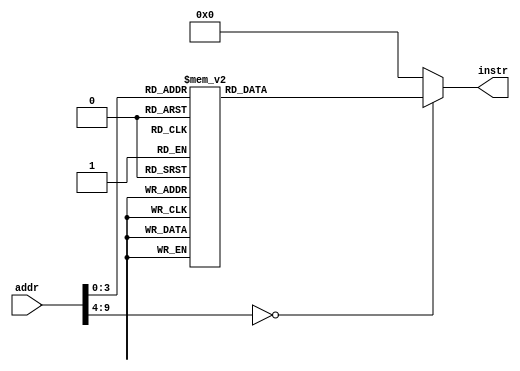
// this file is generated automatically
module Imem (
	input [9:0] addr,
	output reg[31:0] instr
);
	always @(addr) begin
		case (addr)
			10'b0000000000 : instr = 32'hfff00293;
			10'b0000000001 : instr = 32'h07700493;
			10'b0000000010 : instr = 32'h00849493;
			10'b0000000011 : instr = 32'h07748493;
			10'b0000000100 : instr = 32'h00900533;
			10'b0000000101 : instr = 32'h02200893;
			10'b0000000110 : instr = 32'h00000073;
			10'b0000000111 : instr = 32'h01000e13;
			10'b0000001000 : instr = 32'h0054c4b3;
			10'b0000001001 : instr = 32'h00900533;
			10'b0000001010 : instr = 32'h02200893;
			10'b0000001011 : instr = 32'h00000073;
			10'b0000001100 : instr = 32'hfffe0e13;
			10'b0000001101 : instr = 32'hfe0e16e3;
			10'b0000001110 : instr = 32'h00a00893;
			10'b0000001111 : instr = 32'h00000073
;
			default: instr = 0;
		endcase
	end
endmodule